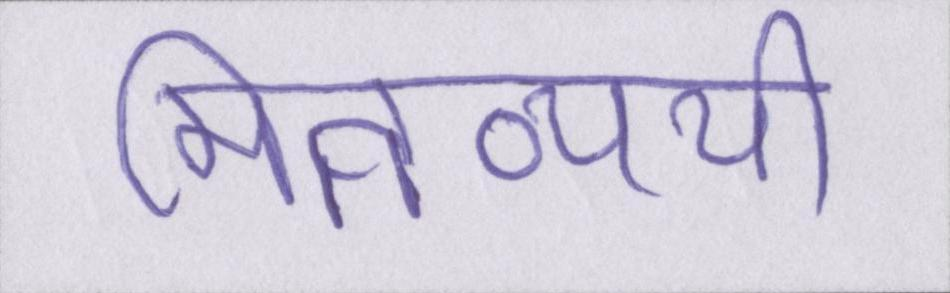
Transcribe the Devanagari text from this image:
मितव्ययी